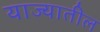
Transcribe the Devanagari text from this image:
याज्यातील